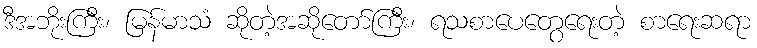
ဒီအဘိုးကြီး၊ မြန်မာသံ ဆိုတဲ့အဆိုတော်ကြီး၊ ရသစာပေတွေရေးတဲ့ စာရေးဆရာ